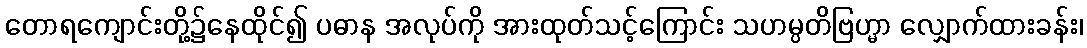
တောရကျောင်းတို့၌နေထိုင်၍ ပဓာန အလုပ်ကို အားထုတ်သင့်ကြောင်း သဟမ္ပတိဗြဟ္မာ လျှောက်ထားခန်း၊